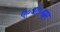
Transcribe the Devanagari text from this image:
ए॰ओ॰ह्यूम